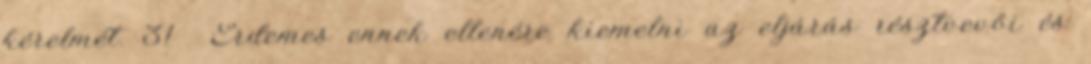
kérelmét. 31 Érdemes ennek ellenére kiemelni az eljárás résztvevői és